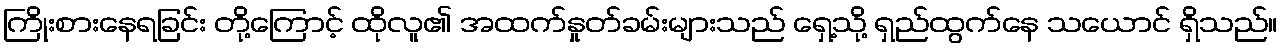
ကြိုးစားနေရခြင်း တို့ကြောင့် ထိုလူ၏ အထက်နှုတ်ခမ်းများသည် ရှေ့သို့ ရှည်ထွက်နေ သယောင် ရှိသည်။